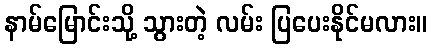
နာမ်မြောင်းသို့ သွားတဲ့ လမ်း ပြပေးနိုင်မလား။